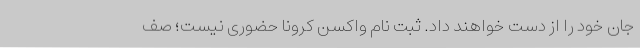
جان خود را از دست خواهند داد. ثبت‌ نام واکسن کرونا حضوری نیست؛ صف